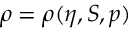
\rho = \rho ( \eta , S , p )